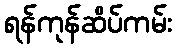
ရန်ကုန်ဆိပ်ကမ်း